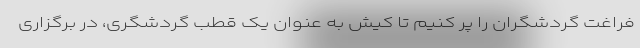
فراغت گردشگران را پر کنیم تا کیش به عنوان یک قطب گردشگری، در برگزاری